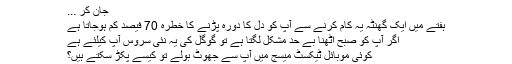
جان کر ...
ہفتے میں ایک گھنٹہ یہ کام کرنے سے آپ کو دل کا دورہ پڑنے کا خطرہ 70 فیصد کم ہوجاتا ہے
اگر آپ کو صبح اُٹھنا بے حد مشکل لگتا ہے تو گوگل کی یہ نئی سروس آپ کیلئے ہے
کوئی موبائل ٹیکسٹ میسج میں آپ سے جھوٹ بولے تو کیسے پکڑ سکتے ہیں؟